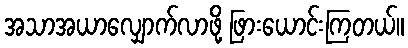
အသာအယာလျှောက်လာဖို့ ဖြားယောင်းကြတယ်။